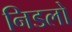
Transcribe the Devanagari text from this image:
निडलो